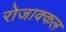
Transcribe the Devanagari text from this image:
रोजाक्कल